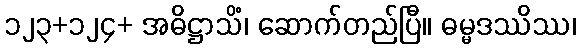
၁၂၃+၁၂၄+ အဓိဋ္ဌာသိံ၊ ဆောက်တည်ပြီ။ ဓမ္မဒဿိဿ၊